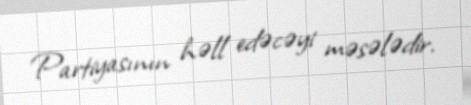
Partiyasının həll edəcəyi məsələdir.